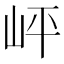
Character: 岼